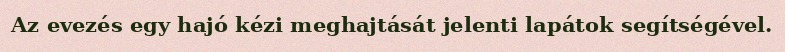
Az evezés egy hajó kézi meghajtását jelenti lapátok segítségével.